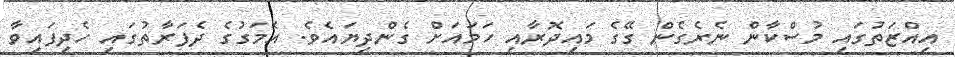
އިއްޒަތުގައި މުސްކާން ނެރެގެން ގޭގެ މައިދޮރާއި ހަމައަށް ގެންދިޔައެވެ. އެމަގުގެ ދެފަރާތުގައި ހެދިފައިވާ